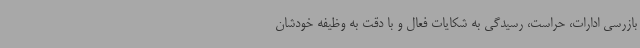
بازرسی ادارات، حراست، رسیدگی به شکایات فعال و با دقت به وظیفه خودشان